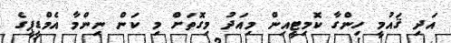
އަދި ޤައުމީ ހިންގާ ކޮމިޓީއިން މިއަދު މިގޮތަށް މި ކަން ނިންމާ އެމްޑީޕީގެ